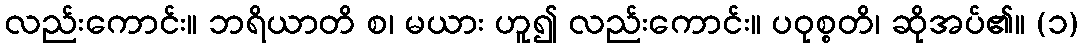
လည်းကောင်း။ ဘရိယာတိ စ၊ မယား ဟူ၍ လည်းကောင်း။ ပဝုစ္စတိ၊ ဆိုအပ်၏။ (၁)